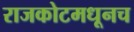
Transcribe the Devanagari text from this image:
राजकोटमधूनच